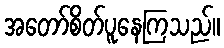
အတော်စိတ်ပူနေကြသည်။